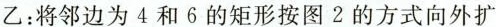
乙：将邻边为4和6的矩形按图2的方式向外扩